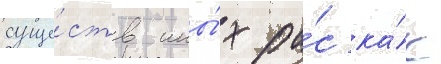
суще́ств ины́х ра́с ка́к